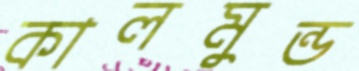
কালমুন্ড